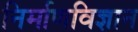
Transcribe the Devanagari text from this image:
निर्माणविज्ञान